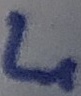
Text: L1